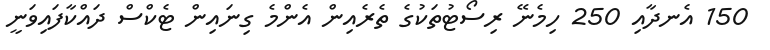
150 އެނދާއި 250 ހިމެނޭ ރިސޯޓުތަކުގެ ތެރެއިން އެންމެ ގިނައިން ޓެކްސް ދައްކާފައިވަނީ